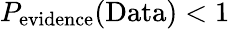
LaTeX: P_{\mathrm{{evidence}}}(\mathrm{{Data})<1}